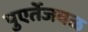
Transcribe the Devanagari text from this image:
पुएर्तेजवळ